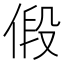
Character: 𪝒